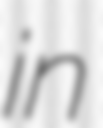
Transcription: in